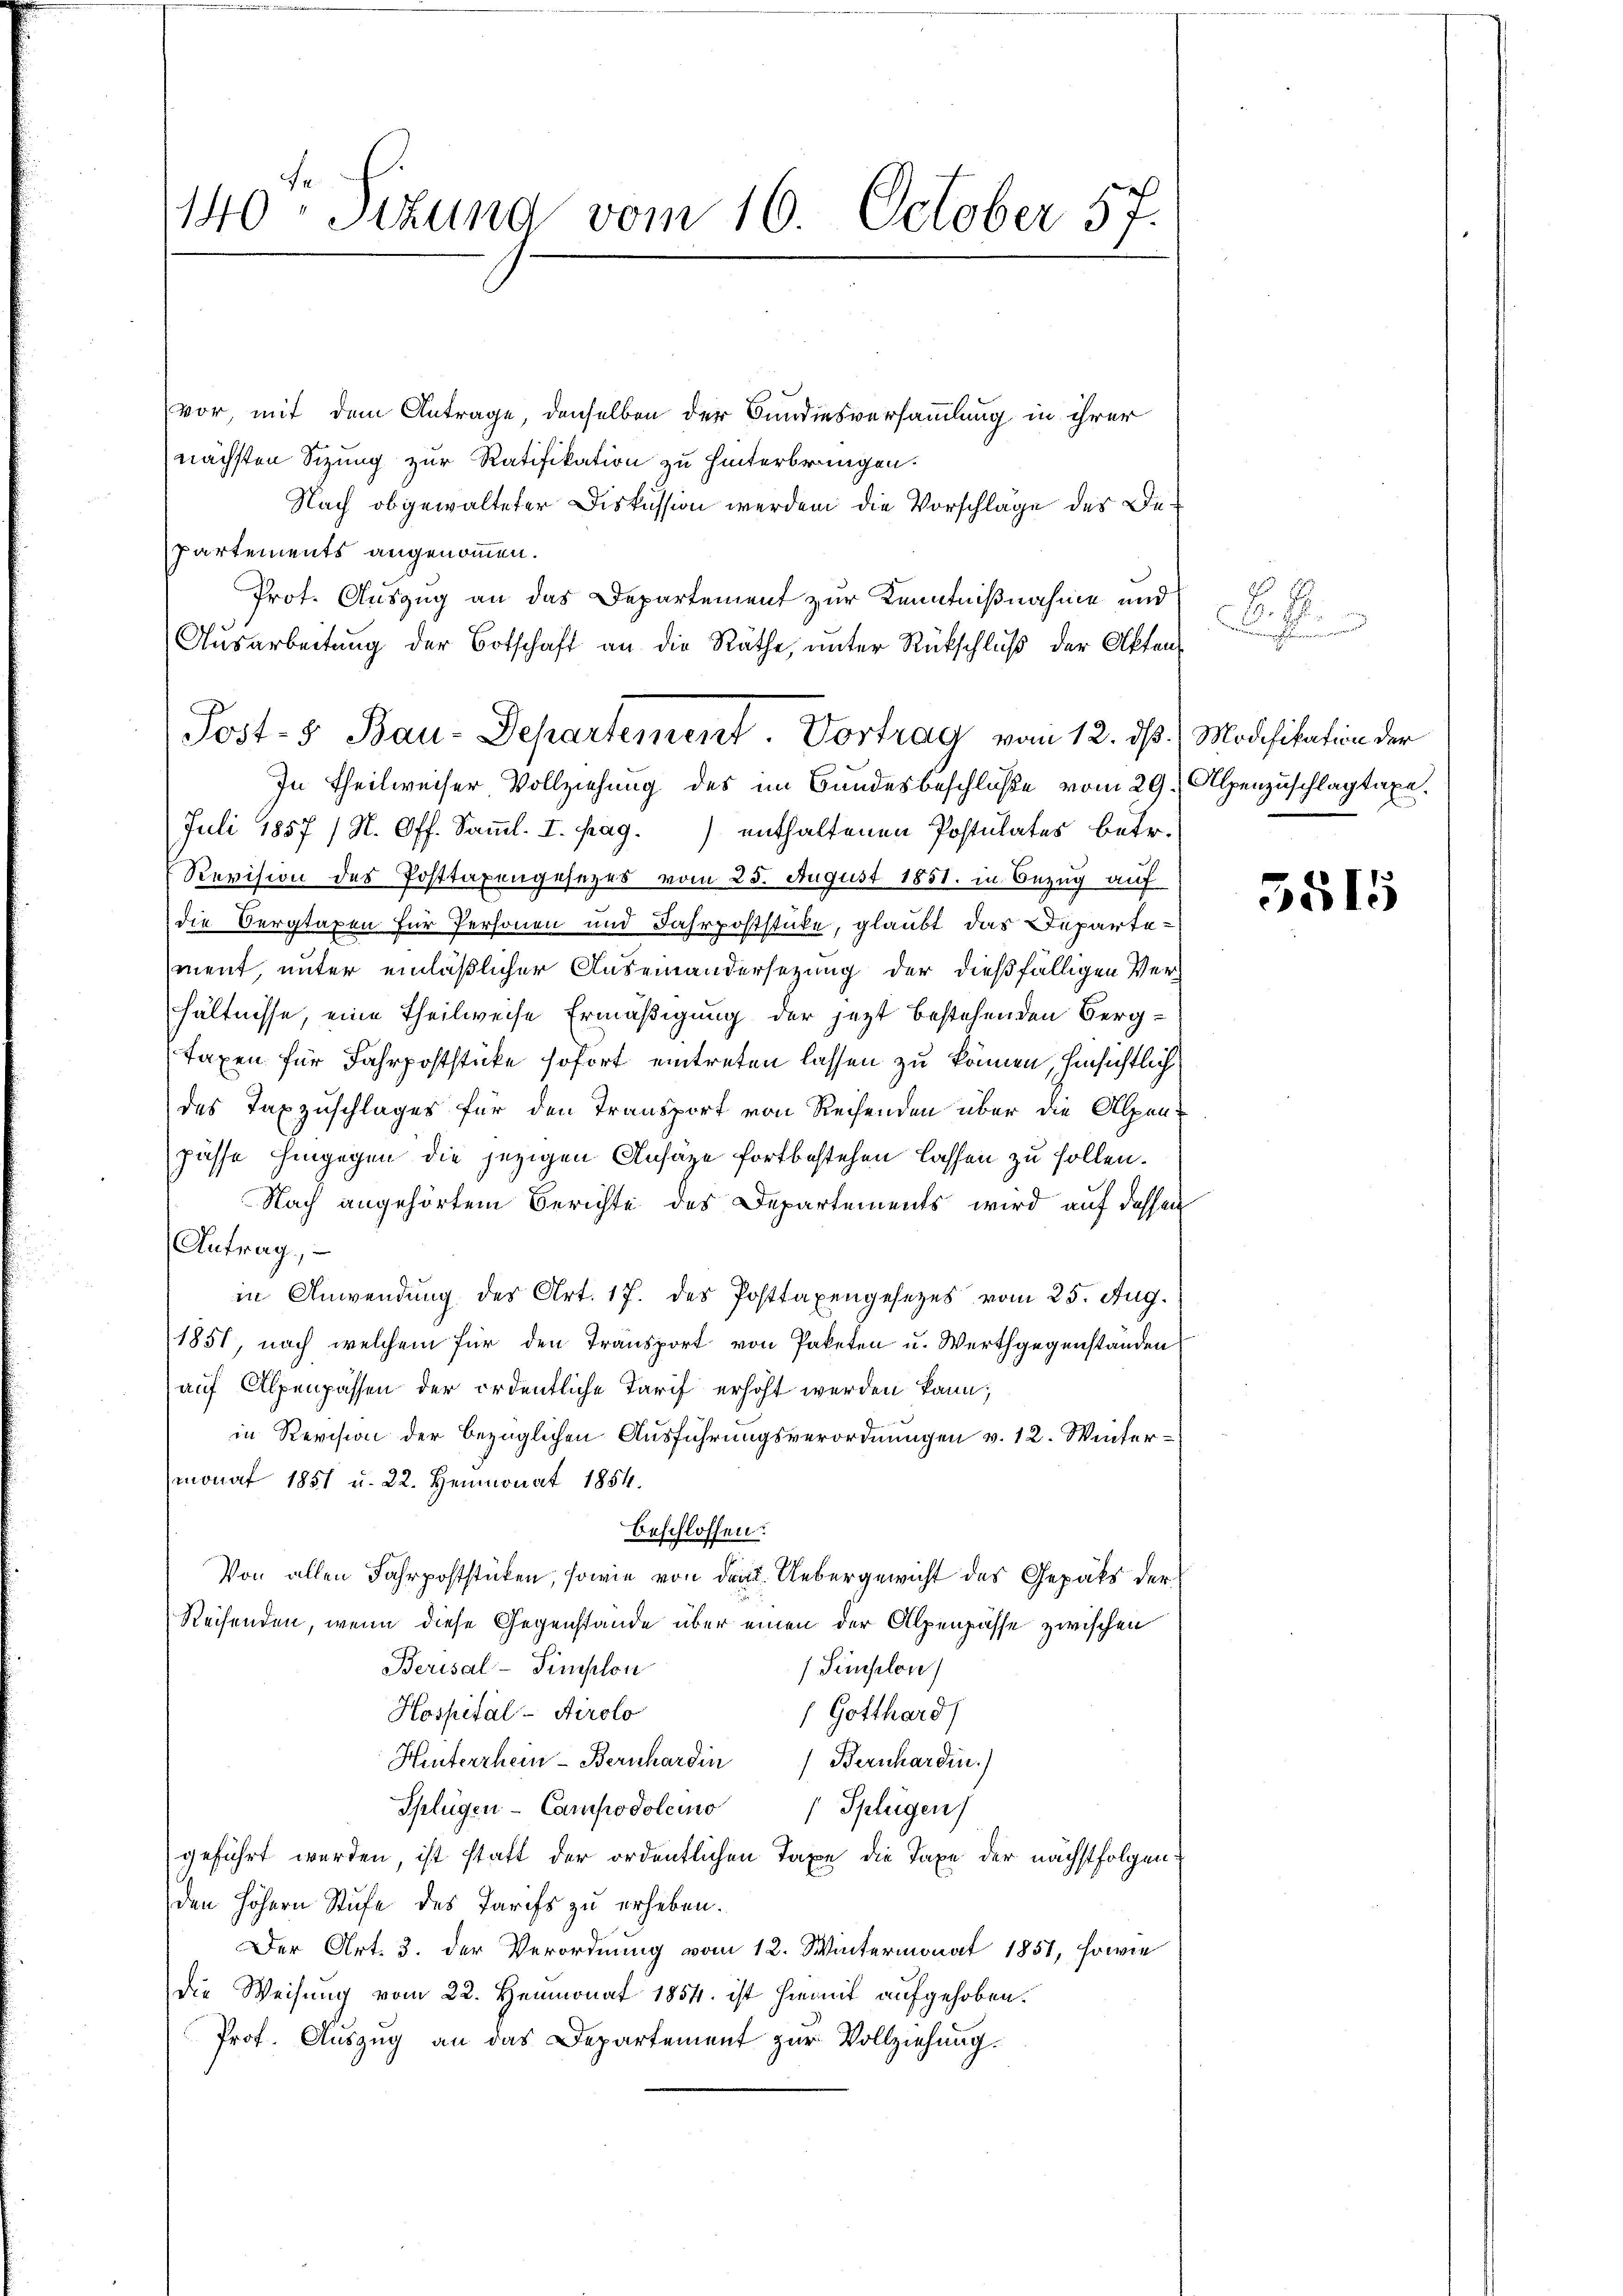
vor, mit dem Antrage, denselben der Bundesversammlung in ihrer
nächsten Sizung zur Ratifikation zu hinterbringen.
Nach obgewalteter Diskussion werden die Vorschlage des De¬
Partements angenommen.
Prot. Auszug an das Departement zur Kenntnißnahme und
Ausarbeitung der Botschaft an die Räthe, unter Rückschluß der Akten
In Theilweiser Vollziehung des im Bundesbeschluße vom 29. Alpenzuschlagtaxe.
Juli 1857 (N. Off. Samml. I. pag.) enthaltenen Postulates betr.
Revision des Posttaxengesezes vom 25. August 1851. in Bezug auf
die Oergtaxen für Personen und Jahrpoststücke, glaubt das Departement, unter einläßlicher Auseinandersezung der dießfälligen Verhältnisse, eine Theilweise Ermäßigung der jezt bestehenden Bergtaxen für Fahrpoststücke sofort eintreten lassen zu können, hinsichtlich
des Taxzuschlages für den Transport von Reisenden über die Alpen-
pässe hingegen die jezigen Ansäze fortbestehen lassen zu sollen.
Nach angehörtem Berichte des Departements wird auf dessen
Antrag,
in Anwendung des Art. 17. des Posttaxengesetzes vom 25. Aug.
1851, noch welchem für den Transport von Paketen u. Werthgegenständen
auf Alpenpassen der ordentliche Tarif erhöht werden kann;
in Revision der bezüglichen Ausführungsverordnungen v. 12. Wintermonat 1851 u. 22. Heumonat 1854.
beschlossen:
Von allen Fahrpoststücken, sowie von den Uebergewicht des Gepäks der
Reisenden, wenn diese Gegenstände über einen der Alpenpässe zwischen
Berisal-Simplon
Simselon
Hospital-Airolo
(Gotthard/
Hinterrhein-Bernhardin Bernhardin.)
Splügen - Campodolemno
Splügen
geführt werden, ist statt der ordentlichen Taxe die Taxe der nächstfolgenden höhern Stufe des Tarifs zu erheben.
Der Art. 3. der Verordnung vom 12. Wintermonat 1851, sowie
die Weisung vom 22. Heumonat 1854. ist hiermit aufgehoben.
Prof. Auszug an das Departement zur Vollziehung.

140 Sizung vom 16. October 57.

Post-8 Bau-Departement. Vortrag vom 12. ds. Modifikation der

9.
aisenschlimmen und

5515